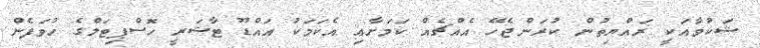
ޝަކުވާއަކީ ރައްޔިތުން ކުރަންޖެހޭ އެއްޗެއް ކަމަށާއި އެކަމަކު އައްޑޫ ޓާޝަރީ ހޮސްޕިޓަލްގެ ހުވަފެން